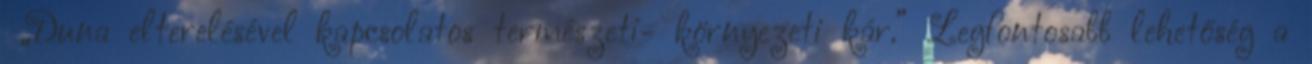
▪„Duna elterelésével kapcsolatos természeti- környezeti kár.” Legfontosabb lehetőség a